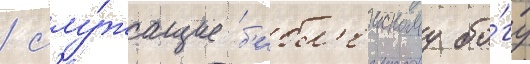
/ слу́жащие б'ибл'еискому бо́гу